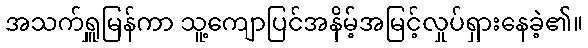
အသက်ရှူမြန်ကာ သူ့ကျောပြင်အနိမ့်အမြင့်လှုပ်ရှားနေခဲ့၏။